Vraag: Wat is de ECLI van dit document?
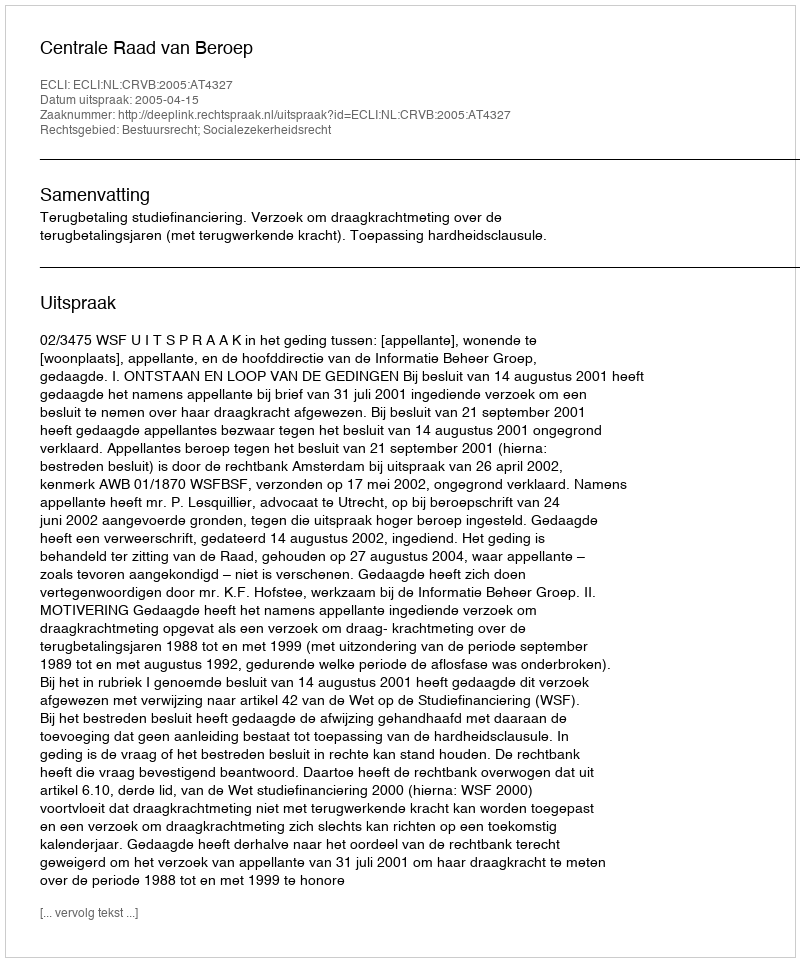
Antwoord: ECLI:NL:CRVB:2005:AT4327